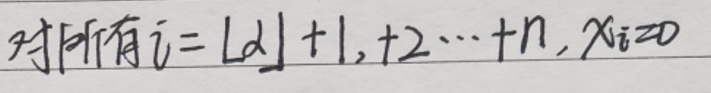
对所有$ i = \lfloor \alpha \rfloor + 1, + 2 \cdots + n, x_{i}=0$